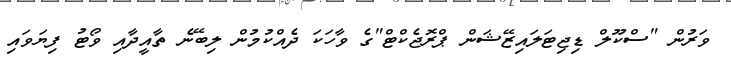
ވަރުން "ސްކޫލް ޑިޖިޓަލައިޒޭޝަން ޕްރޮޖެކްޓް"ގެ ވާހަކަ ދެއްކުމުން ލިބޭނެ ތާއީދާއި ވޯޓު ފިޔަވައި